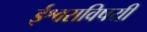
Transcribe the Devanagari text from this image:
ईश्वराविषयी